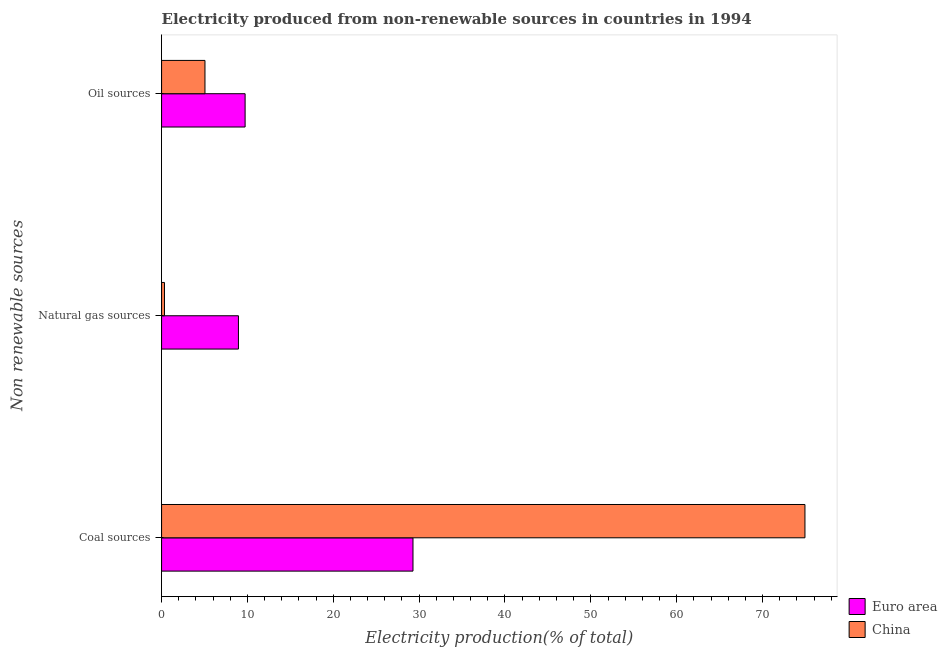
| Non renewable sources | Euro area | China |
 | --- | --- | --- |
 | Coal sources | 29.3 | 74.9 |
 | Natural gas sources | 8.95 | 0.339 |
 | Oil sources | 9.73 | 5.05 |